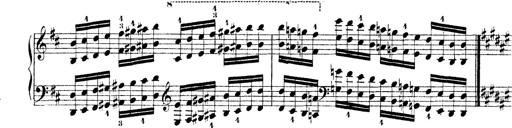
Title: Technische Studien
Composer: Franz Liszt